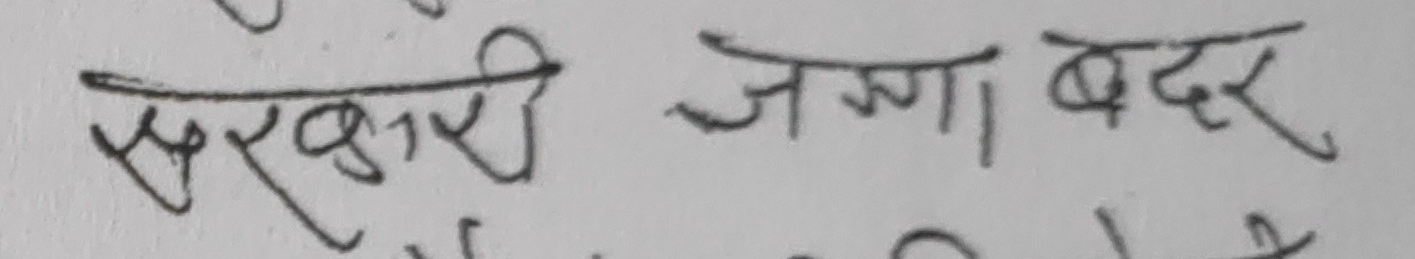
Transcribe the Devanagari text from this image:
सरकारी जग्गा बदर